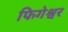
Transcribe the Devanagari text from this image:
फिगेश्वर